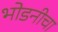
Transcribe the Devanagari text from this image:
भोडनीचा